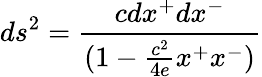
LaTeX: ds^{2}={\frac{cdx^{+}dx^{-}}{(1-{\frac{c^{2}}{4e}}x^{+}x^{-})}}